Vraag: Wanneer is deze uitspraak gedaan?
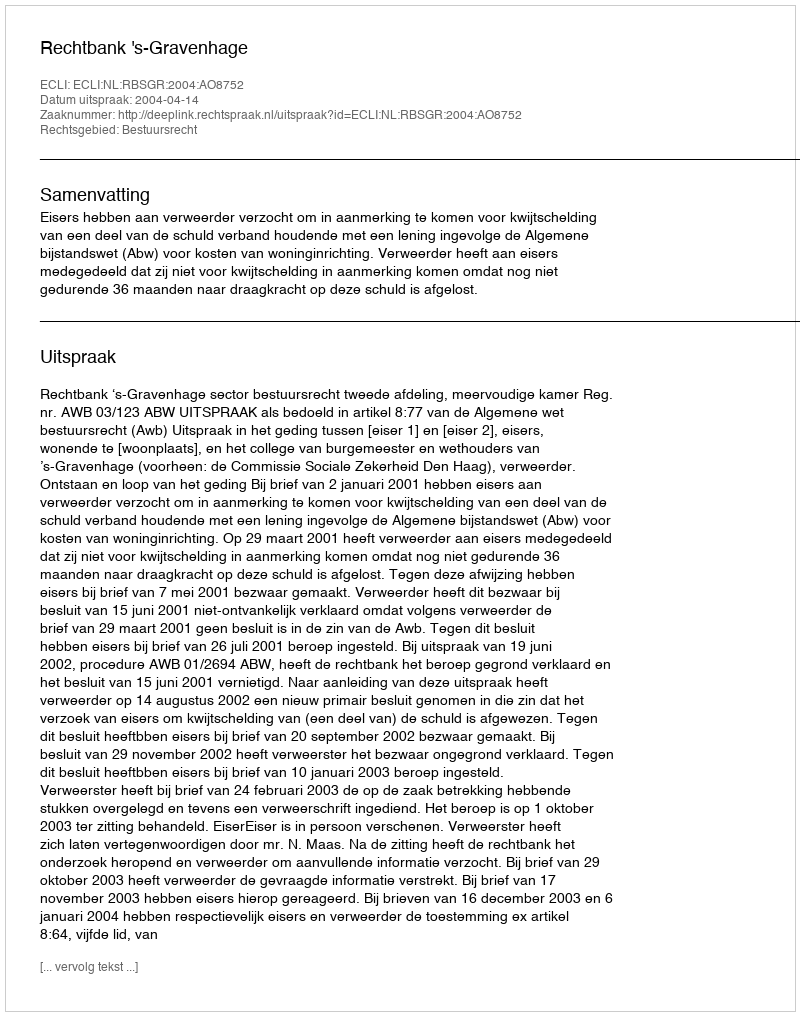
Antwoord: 2004-04-14